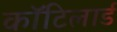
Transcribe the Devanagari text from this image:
कॉटिलार्ड